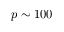
p \sim 1 0 0